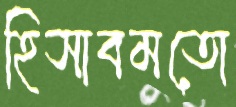
হিসাবমতো